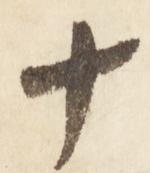
十